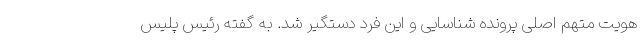
هویت متهم اصلی پرونده شناسایی و این فرد دستگیر شد. به گفته رئیس پلیس